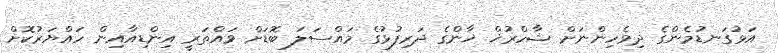
އަޅުގަނޑުމެންގެ ދިވެހިންނަށް ޝާހްރުޚް ޚާންގެ ދަރިފުޅުގެ މައްސަލަ ބޮޑަށް ވައްތަރީ އިންޑިއާއިން ހައްޔަރުކޮށް